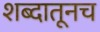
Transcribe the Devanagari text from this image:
शब्दातूनच